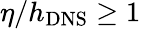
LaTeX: \eta/{h_{\mathrm{{DNS}}}}\ge 1